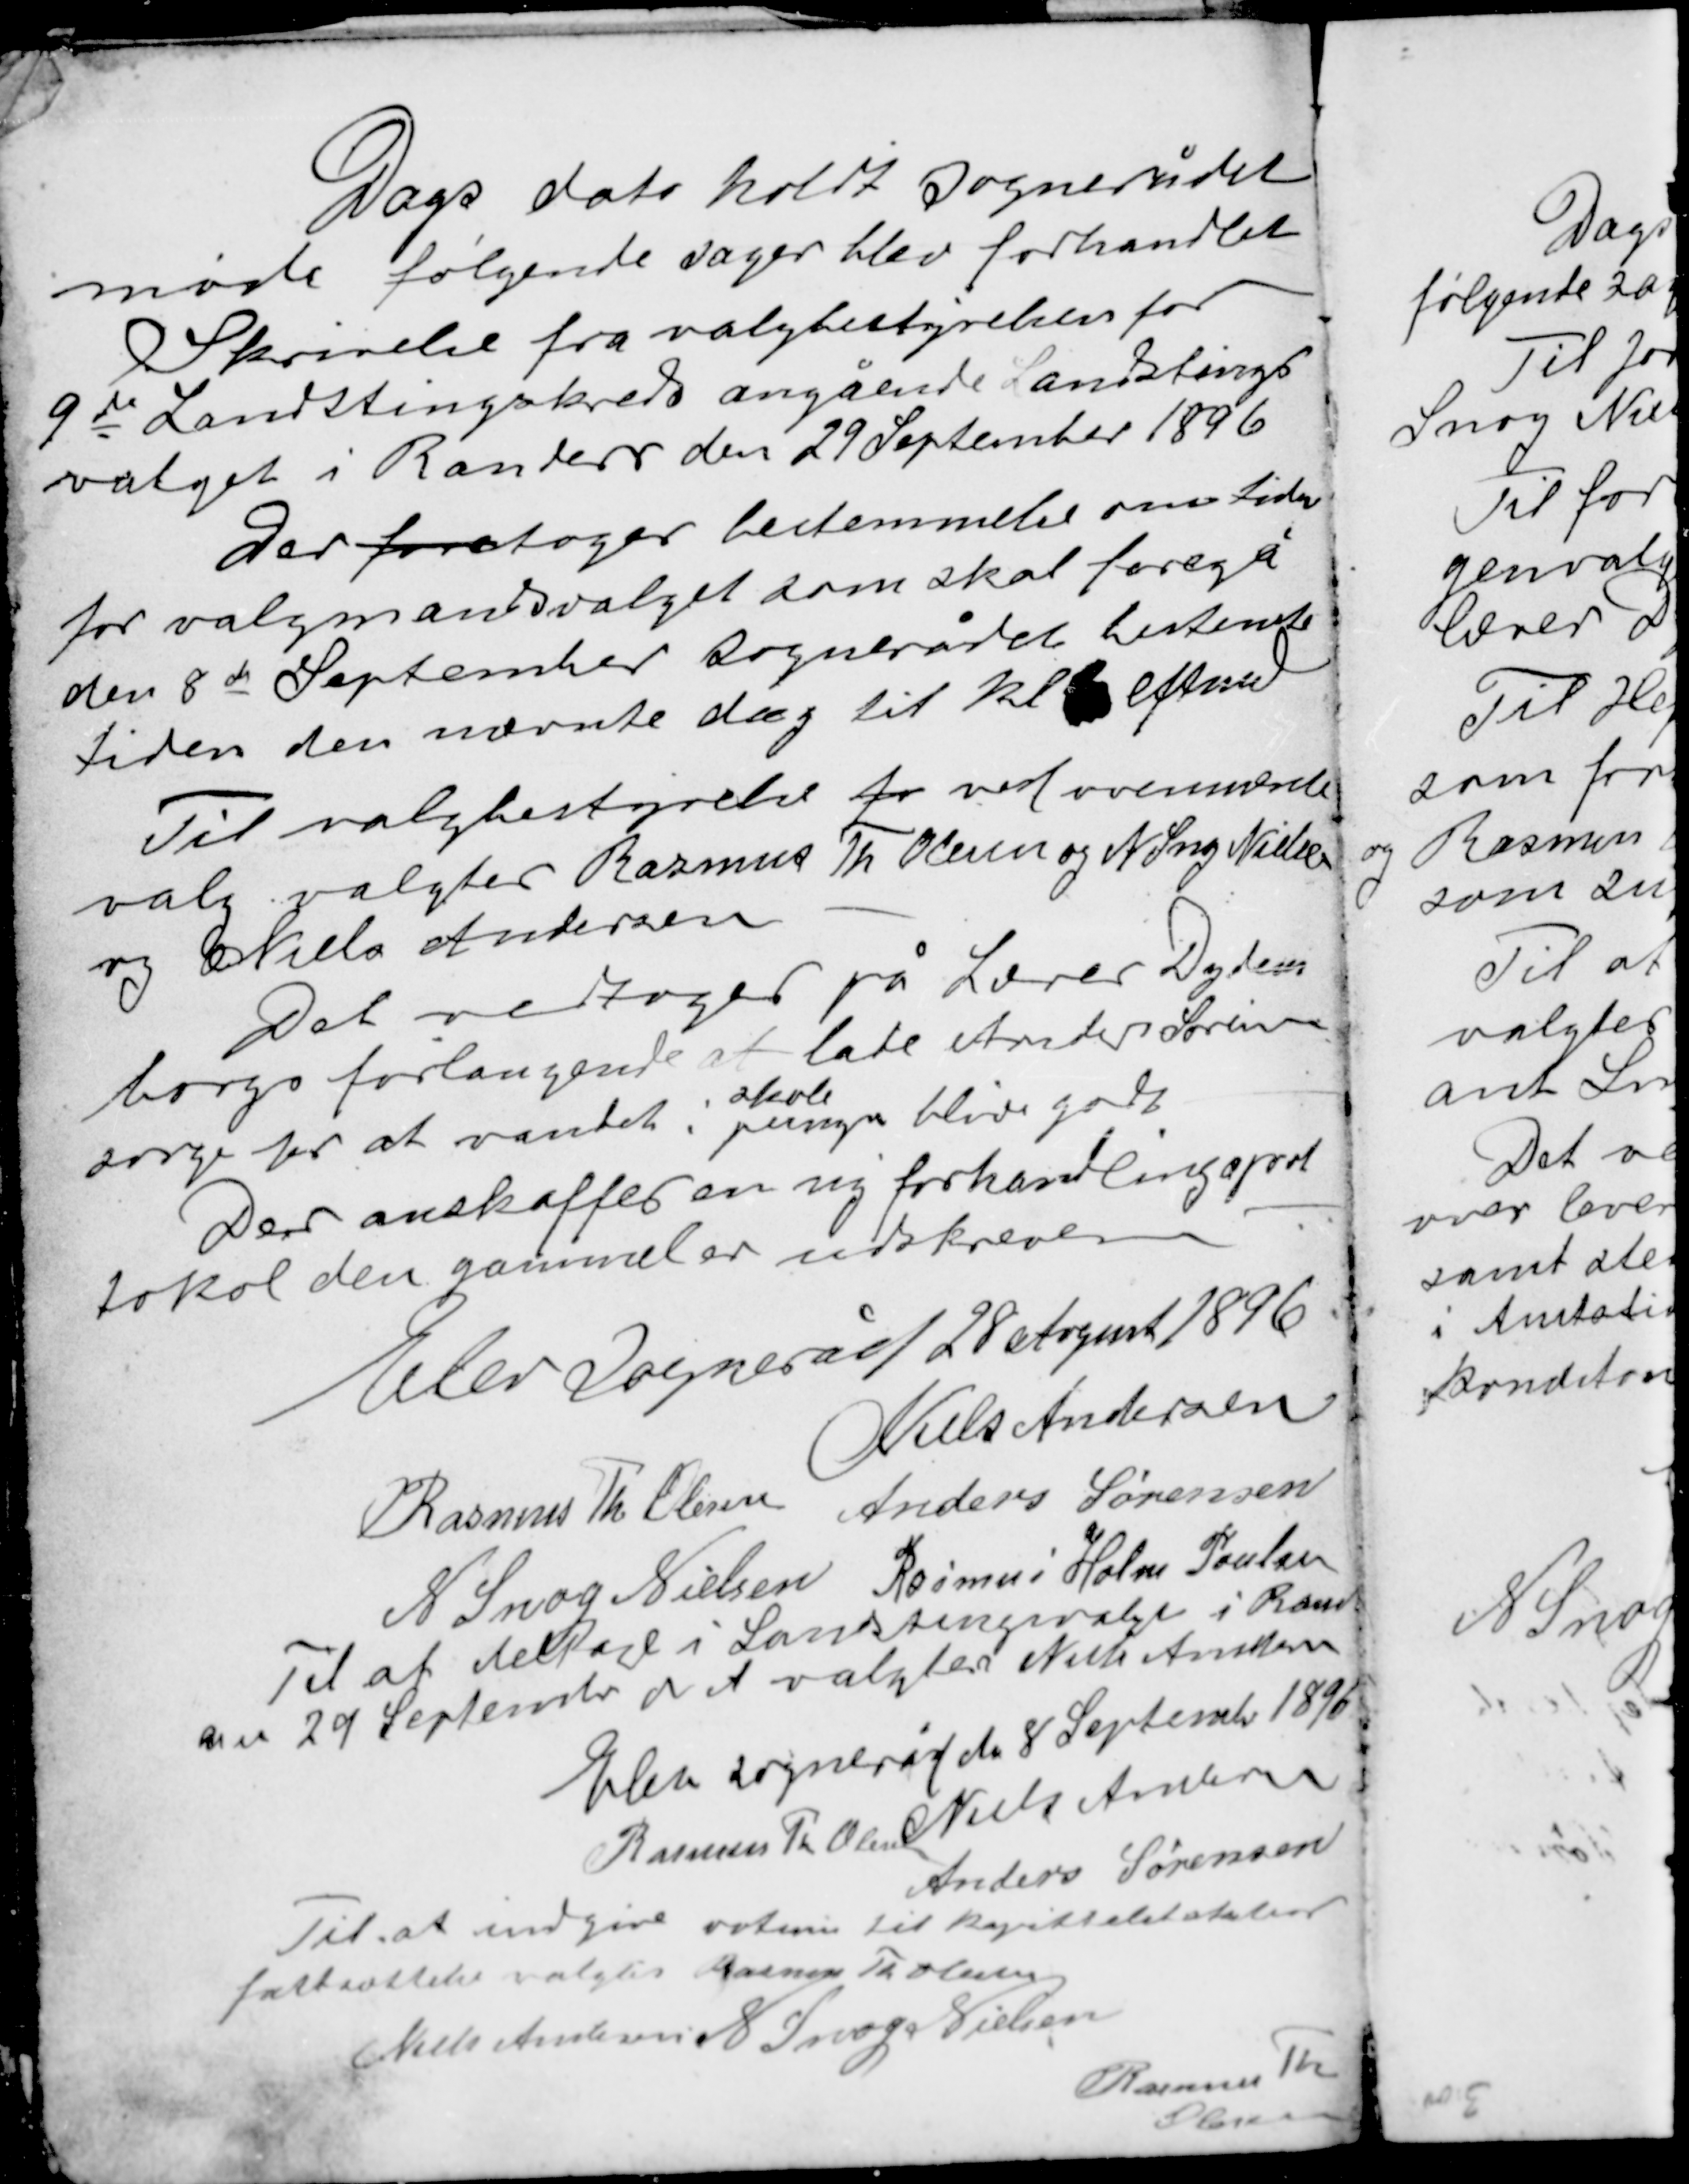
Transskription:
Dags dato holdt sognerådet
møde følgende sager blev forhandlet
Skrivelse fra valgbestyrelsen for
9de Landstingskreds angående Landstings-
valget i Randers den 29 September 1896

Der foretoges bestemmelse om tider
for valgmandsvalget som skal foregå
den 8de September sognerådet bestemte
tiden den nævnte dag til kl.  eftmd

Til valgbestyrelse fo ved ovennævnte
valg valgtes Rasmus Th Olesen og N Snog Nielsen
og Niels Andersen
Det vedtoges på Lærer Dydens-
borgs forlangende at lade Anders Sørensen
skole
sørge for at vandet i pumpen bliver godt.
Der anskaffes en ny forhandlingspro-
tokol den gammel er udskreven

Elev sogneråd 28 August 1896
Niels Andersen
Rasmus Th. Olesen Anders Sørensen
N. Snog Nielsen Rasmus Holm Poulsen
Til at deltage i Landstingsvalget i Ran-
ders 29 september d A valgtes Niels Andersen

Elev sogneråd den 8 September 1896
Rasmus Th. Olesen Niels Andersen
Anders Sørensen
Til at indgive votum til kapitteltaksters
fastsættelse valgtes Rasmus Th. Olesen
Niels Andersen N. Snog Nielsen
Rasmus Th.
Olesen